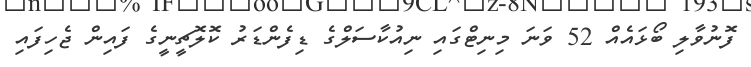
ފޮނުވާލި ބޯޅައެއް 52 ވަނަ މިނިޓްގައި ނިިއުކާސަލްގެ ޑިފެންޑަރު ކޮލޮޗީނީގެ ފައިން ޖެހިފައި